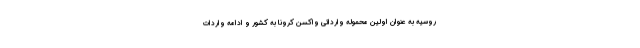
روسیه به عنوان اولین محموله وارداتی واکسن کرونا به کشور و ادامه واردات